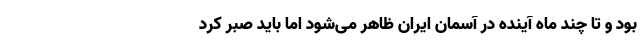
بود و تا چند ماه آینده در آسمان ایران ظاهر می‌شود اما باید صبر کرد